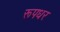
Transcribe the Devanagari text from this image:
रूपधर